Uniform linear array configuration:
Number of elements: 4
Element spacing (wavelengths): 0.75
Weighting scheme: cosine
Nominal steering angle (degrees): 15
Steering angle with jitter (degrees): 14.126
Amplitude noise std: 0.05
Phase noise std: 0.05

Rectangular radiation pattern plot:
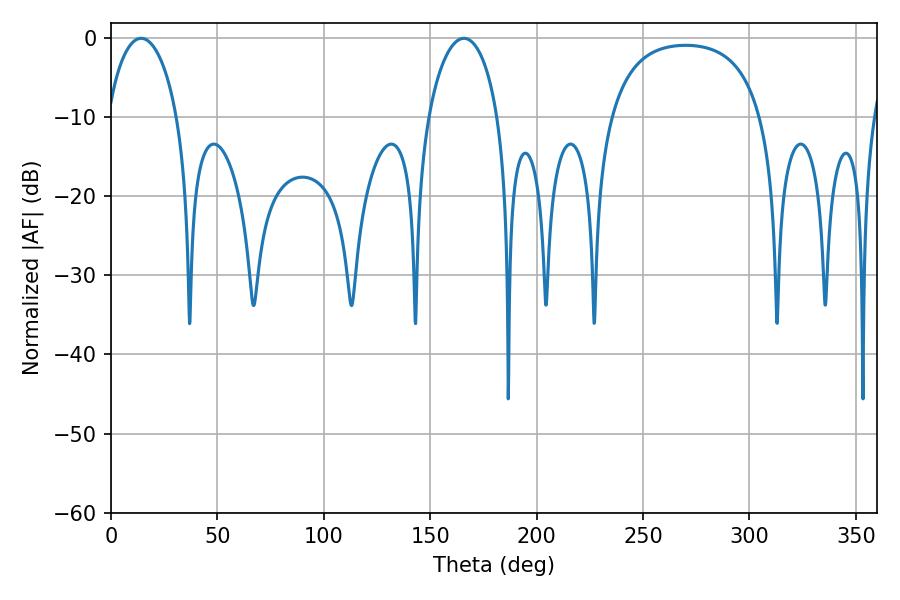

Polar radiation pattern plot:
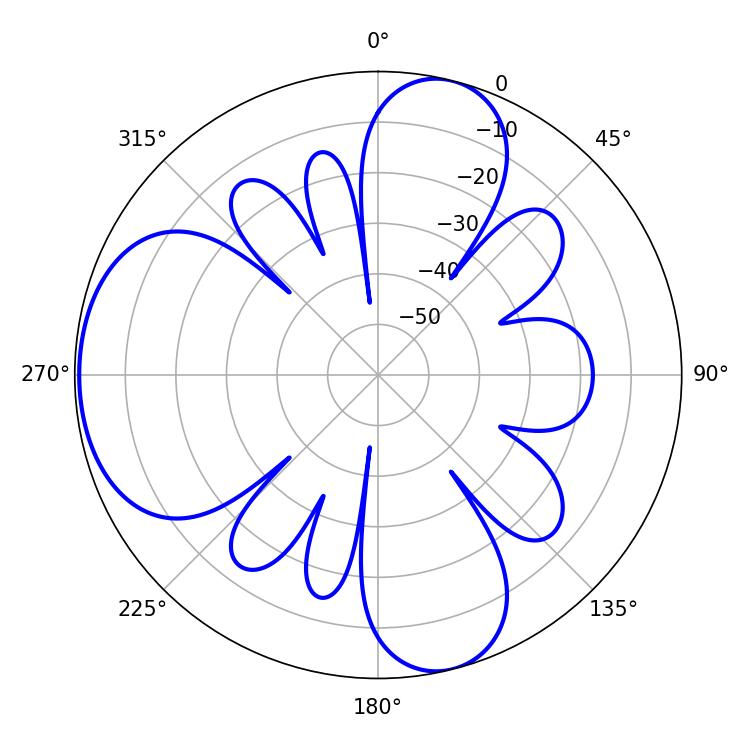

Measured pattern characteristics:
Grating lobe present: TRUE
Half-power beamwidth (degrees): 18.72
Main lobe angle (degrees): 14.22